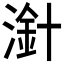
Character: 𣻁